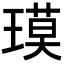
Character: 𬎇